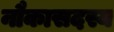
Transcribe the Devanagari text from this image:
नौकासदस्य